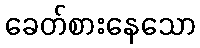
ခေတ်စားနေသော